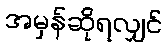
အမှန်ဆိုရလျှင်